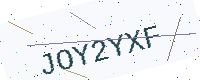
Text: JOY2YXF